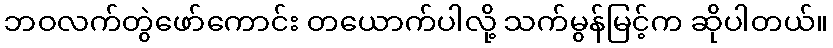
ဘဝလက်တွဲဖော်ကောင်း တယောက်ပါလို့ သက်မွန်မြင့်က ဆိုပါတယ်။